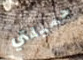
جميلتي